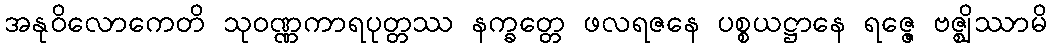
အနုဝိလောကေတိ သုဝဏ္ဏကာရပုတ္တဿ နက္ခတ္တေ ဖလရဇနေ ပစ္စယဋ္ဌာနေ ရဇ္ဇေ ဗဇ္ဈိဿာမိ